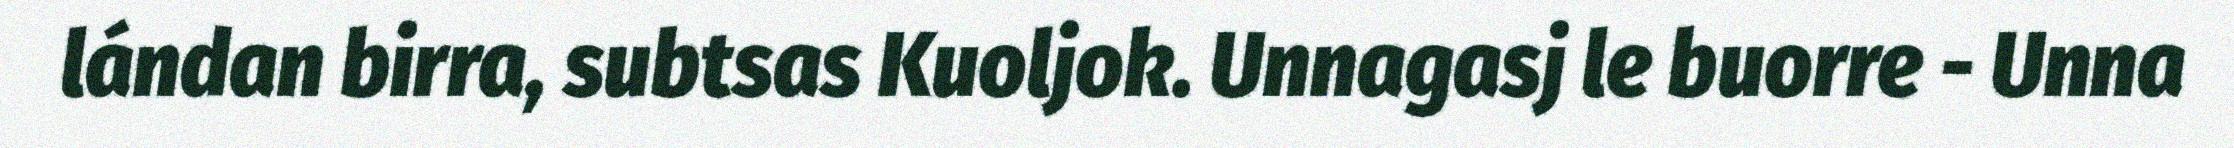
lándan birra, subtsas Kuoljok. Unnagasj le buorre - Unna